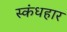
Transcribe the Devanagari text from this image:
स्कंधहार